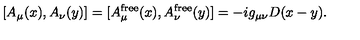
[ A _ { \mu } ( x ) , A _ { \nu } ( y ) ] = [ A _ { \mu } ^ { \mathrm { f r e e } } ( x ) , A _ { \nu } ^ { \mathrm { f r e e } } ( y ) ] = - i g _ { \mu \nu } D ( x - y ) .